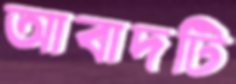
আবাদটি